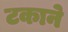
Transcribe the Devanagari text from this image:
टकाने